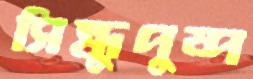
সিন্ধুপুষ্প